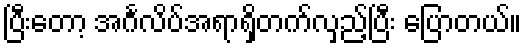
ပြီးတော့ အင်္ဂလိပ်အရာရှိတက်လှည့်ပြီး ပြောတယ်။